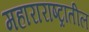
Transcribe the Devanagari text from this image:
महाराराष्ट्रातील